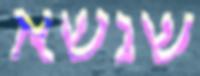
שנשא